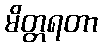
မိတ္တရတာ